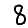
Digit: 8